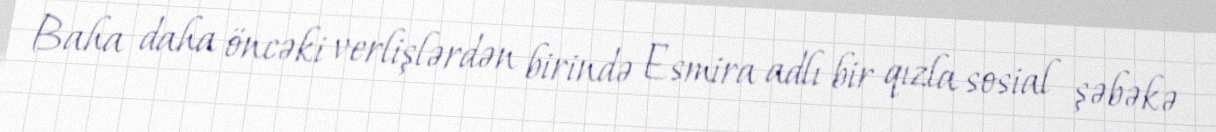
Baha daha öncəki verlişlərdən birində Esmira adlı bir qızla sosial şəbəkə